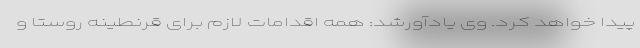
پیدا خواهد کرد. وی یادآورشد: همه اقدامات لازم برای قرنطینه روستا و